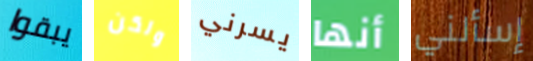
يبقوا ولكن يسرني أنها إسألني